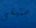
ستبقى